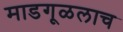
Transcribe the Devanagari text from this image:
माडगूळलाच